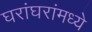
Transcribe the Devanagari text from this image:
घरांघरांमध्ये